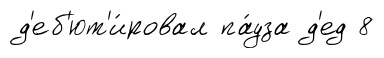
д'еб'ют'и́ровал па́уза д'ед 8